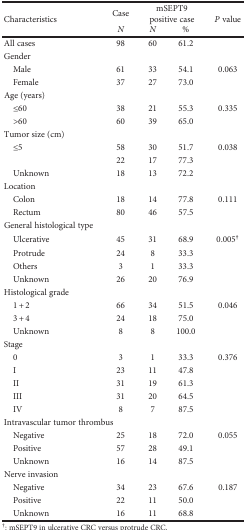
| <ROWSPAN=2> Characteristics | Case | <COLSPAN=2> mSEPT9 positive case | <ROWSPAN=2> P value |
 | N | N | % |
 | --- | --- | --- | --- | --- |
 | All cases | 98 | 60 | 61.2 |  |
 | Gender |  |  |  |  |
 | Male | 61 | 33 | 54.1 | 0.063 |
 | Female | 37 | 27 | 73.0 |  |
 | Age (years) |  |  |  |  |
 | ≤60 | 38 | 21 | 55.3 | 0.335 |
 | >60 | 60 | 39 | 65.0 |  |
 | Tumor size (cm) |  |  |  |  |
 | ≤5 | 58 | 30 | 51.7 | 0.038 |
 |  | 22 | 17 | 77.3 |  |
 | Unknown | 18 | 13 | 72.2 |  |
 | Location |  |  |  |  |
 | Colon | 18 | 14 | 77.8 | 0.111 |
 | Rectum | 80 | 46 | 57.5 |  |
 | General histological type |  |  |  |  |
 | Ulcerative | 45 | 31 | 68.9 | 0.005† |
 | Protrude | 24 | 8 | 33.3 |  |
 | Others | 3 | 1 | 33.3 |  |
 | Unknown | 26 | 20 | 76.9 |  |
 | Histological grade |  |  |  |  |
 | 1 + 2 | 66 | 34 | 51.5 | 0.046 |
 | 3 + 4 | 24 | 18 | 75.0 |  |
 | Unknown | 8 | 8 | 100.0 |  |
 | Stage |  |  |  |  |
 | 0 | 3 | 1 | 33.3 | 0.376 |
 | I | 23 | 11 | 47.8 |  |
 | II | 31 | 19 | 61.3 |  |
 | III | 31 | 20 | 64.5 |  |
 | IV | 8 | 7 | 87.5 |  |
 | <COLSPAN=2> Intravascular tumor thrombus |  |  |  |
 | Negative | 25 | 18 | 72.0 | 0.055 |
 | Positive | 57 | 28 | 49.1 |  |
 | Unknown | 16 | 14 | 87.5 |  |
 | Nerve invasion |  |  |  |  |
 | Negative | 34 | 23 | 67.6 | 0.187 |
 | Positive | 22 | 11 | 50.0 |  |
 | Unknown | 16 | 11 | 68.8 |  |